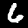
Digit: 6